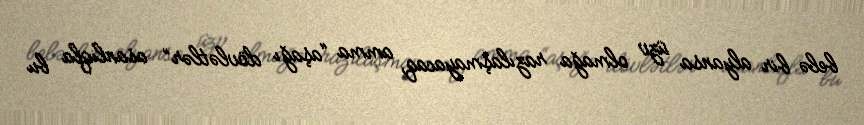
belə bir alyansa üzv olmağa razılaşmayacaq, amma “aşağı dövlətlər” asanlıqla bu